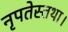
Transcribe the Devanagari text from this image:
नृपतेस्तथा।